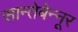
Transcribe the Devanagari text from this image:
सान्तेबेन्नूर